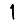
Digit: 1